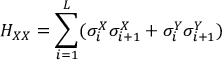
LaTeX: H _ { X X } = \sum _ { i = 1 } ^ { L } ( \sigma _ { i } ^ { X } \sigma _ { i + 1 } ^ { X } + \sigma _ { i } ^ { Y } \sigma _ { i + 1 } ^ { Y } )